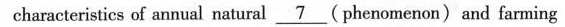
characteristics of annual natural \underline{7} ( phenomenon) and farming